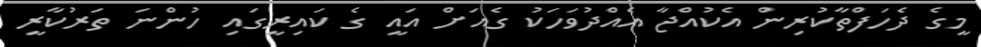
މީގެ ދެހަފްތާކުރިން އެކުއްޖާ އެއްދުވަހަކު ގެއަށް އައީ ގެ ކައިރީގައި ހުންނަ ތަރުކާރީ